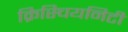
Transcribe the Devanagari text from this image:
क्रिस्चियनिटी